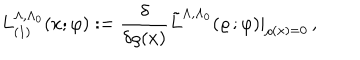
L _ { ( 1 ) } ^ { \Lambda , \Lambda _ { 0 } } ( x ; \varphi ) : = \frac { \delta } { \delta \varrho ( x ) } \tilde { L } ^ { \Lambda , \Lambda _ { 0 } } ( \varrho \, ; \varphi ) | _ { \varrho ( x ) = 0 } \, ,